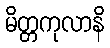
မိတ္တကုလာနိ